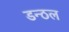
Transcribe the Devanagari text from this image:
डन्ठल